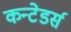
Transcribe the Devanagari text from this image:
कन्टेडर्स